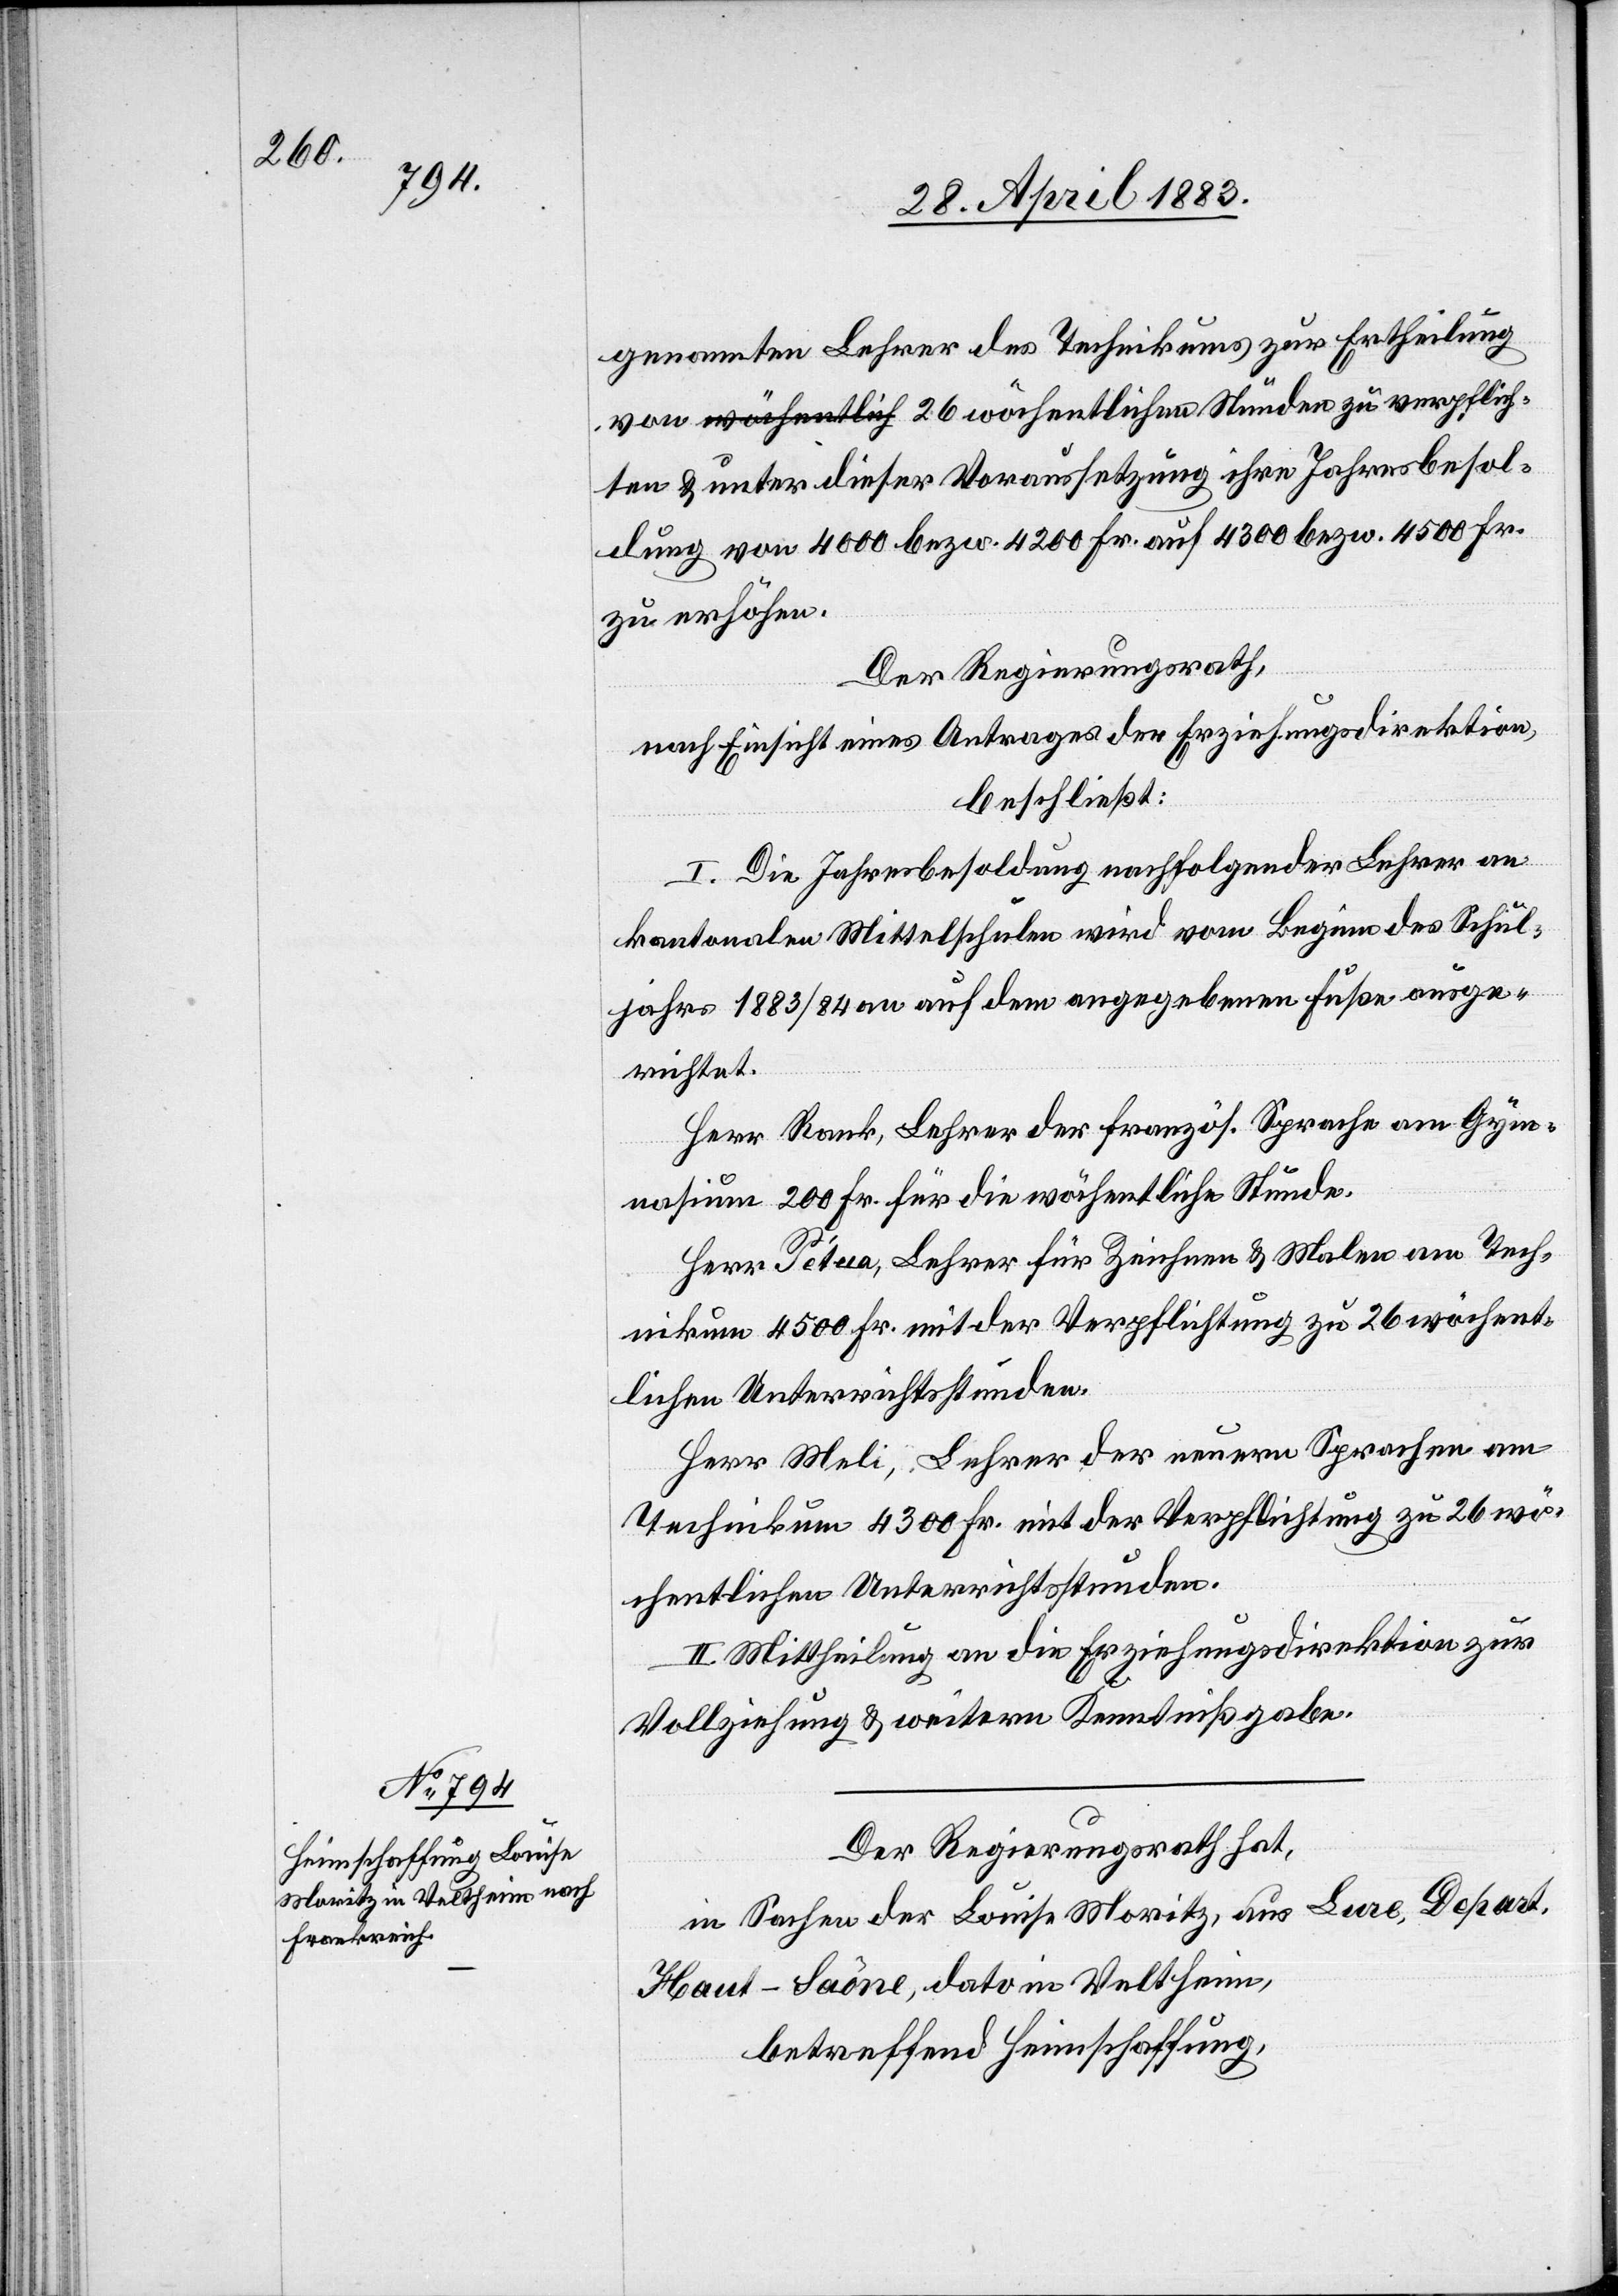
verpflich¬

genannten Lehrer des Technikums zur Ertheilung
ten & unter dieser Voraussetzung ihre Jahresbesol¬
dung von 4000 bezw. 4200 Fr. auf 4300 bezw. 4500 Fr.
zu erhöhen.
Der Regierungsrath,
nach Einsicht eines Antrages der Erziehungsdirektion,
beschließt:
I. Die Jahresbesoldung nachfolgender Lehrer an
kantonalen Mittelschulen wird vom Beginn des Schul¬
jahres 1883/84 an auf dem angegebenen Fuße ausge¬
richtet.
Herr Rank, Lehrer der französ. Sprache am Gym¬
nasium 200 Fr. für die wöchentliche Stunde.
Herr Pétua, Lehrer für Zeichnen & Malen am Tech¬
nikum 4500 Fr. mit der Verpflichtung zu 26 wöchent¬
lichen Unterrichtsstunden.
Herr Meli, Lehrer der neuern Sprachen am
Technikum 4300 Fr. mit der Verpflichtung zu 26 wö¬
chentlichen Unterrichtsstunden.
II. Mittheilung an die Erziehungsdirektion zur
Vollziehung & weitern Kenntnißgabe.
Der Regierungsrath hat,
in Sachen der Louise Moritz, aus Lure, Depart.
Haut-Saône, dato in Veltheim,
betreffend Heimschaffung,